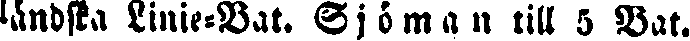
låndsta Linie-bat. Sjöman till 5 Bat.